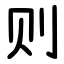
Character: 则